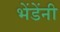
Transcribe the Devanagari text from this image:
भेंडेंनी